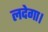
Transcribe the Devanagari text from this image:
लदेगा।